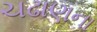
ચઢાણના